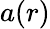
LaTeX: a(r)